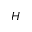
H